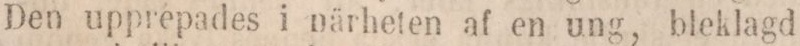
Den upprepades i närheten af en ung, bleklagd